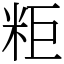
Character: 粔